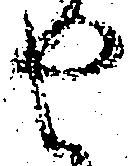
せ